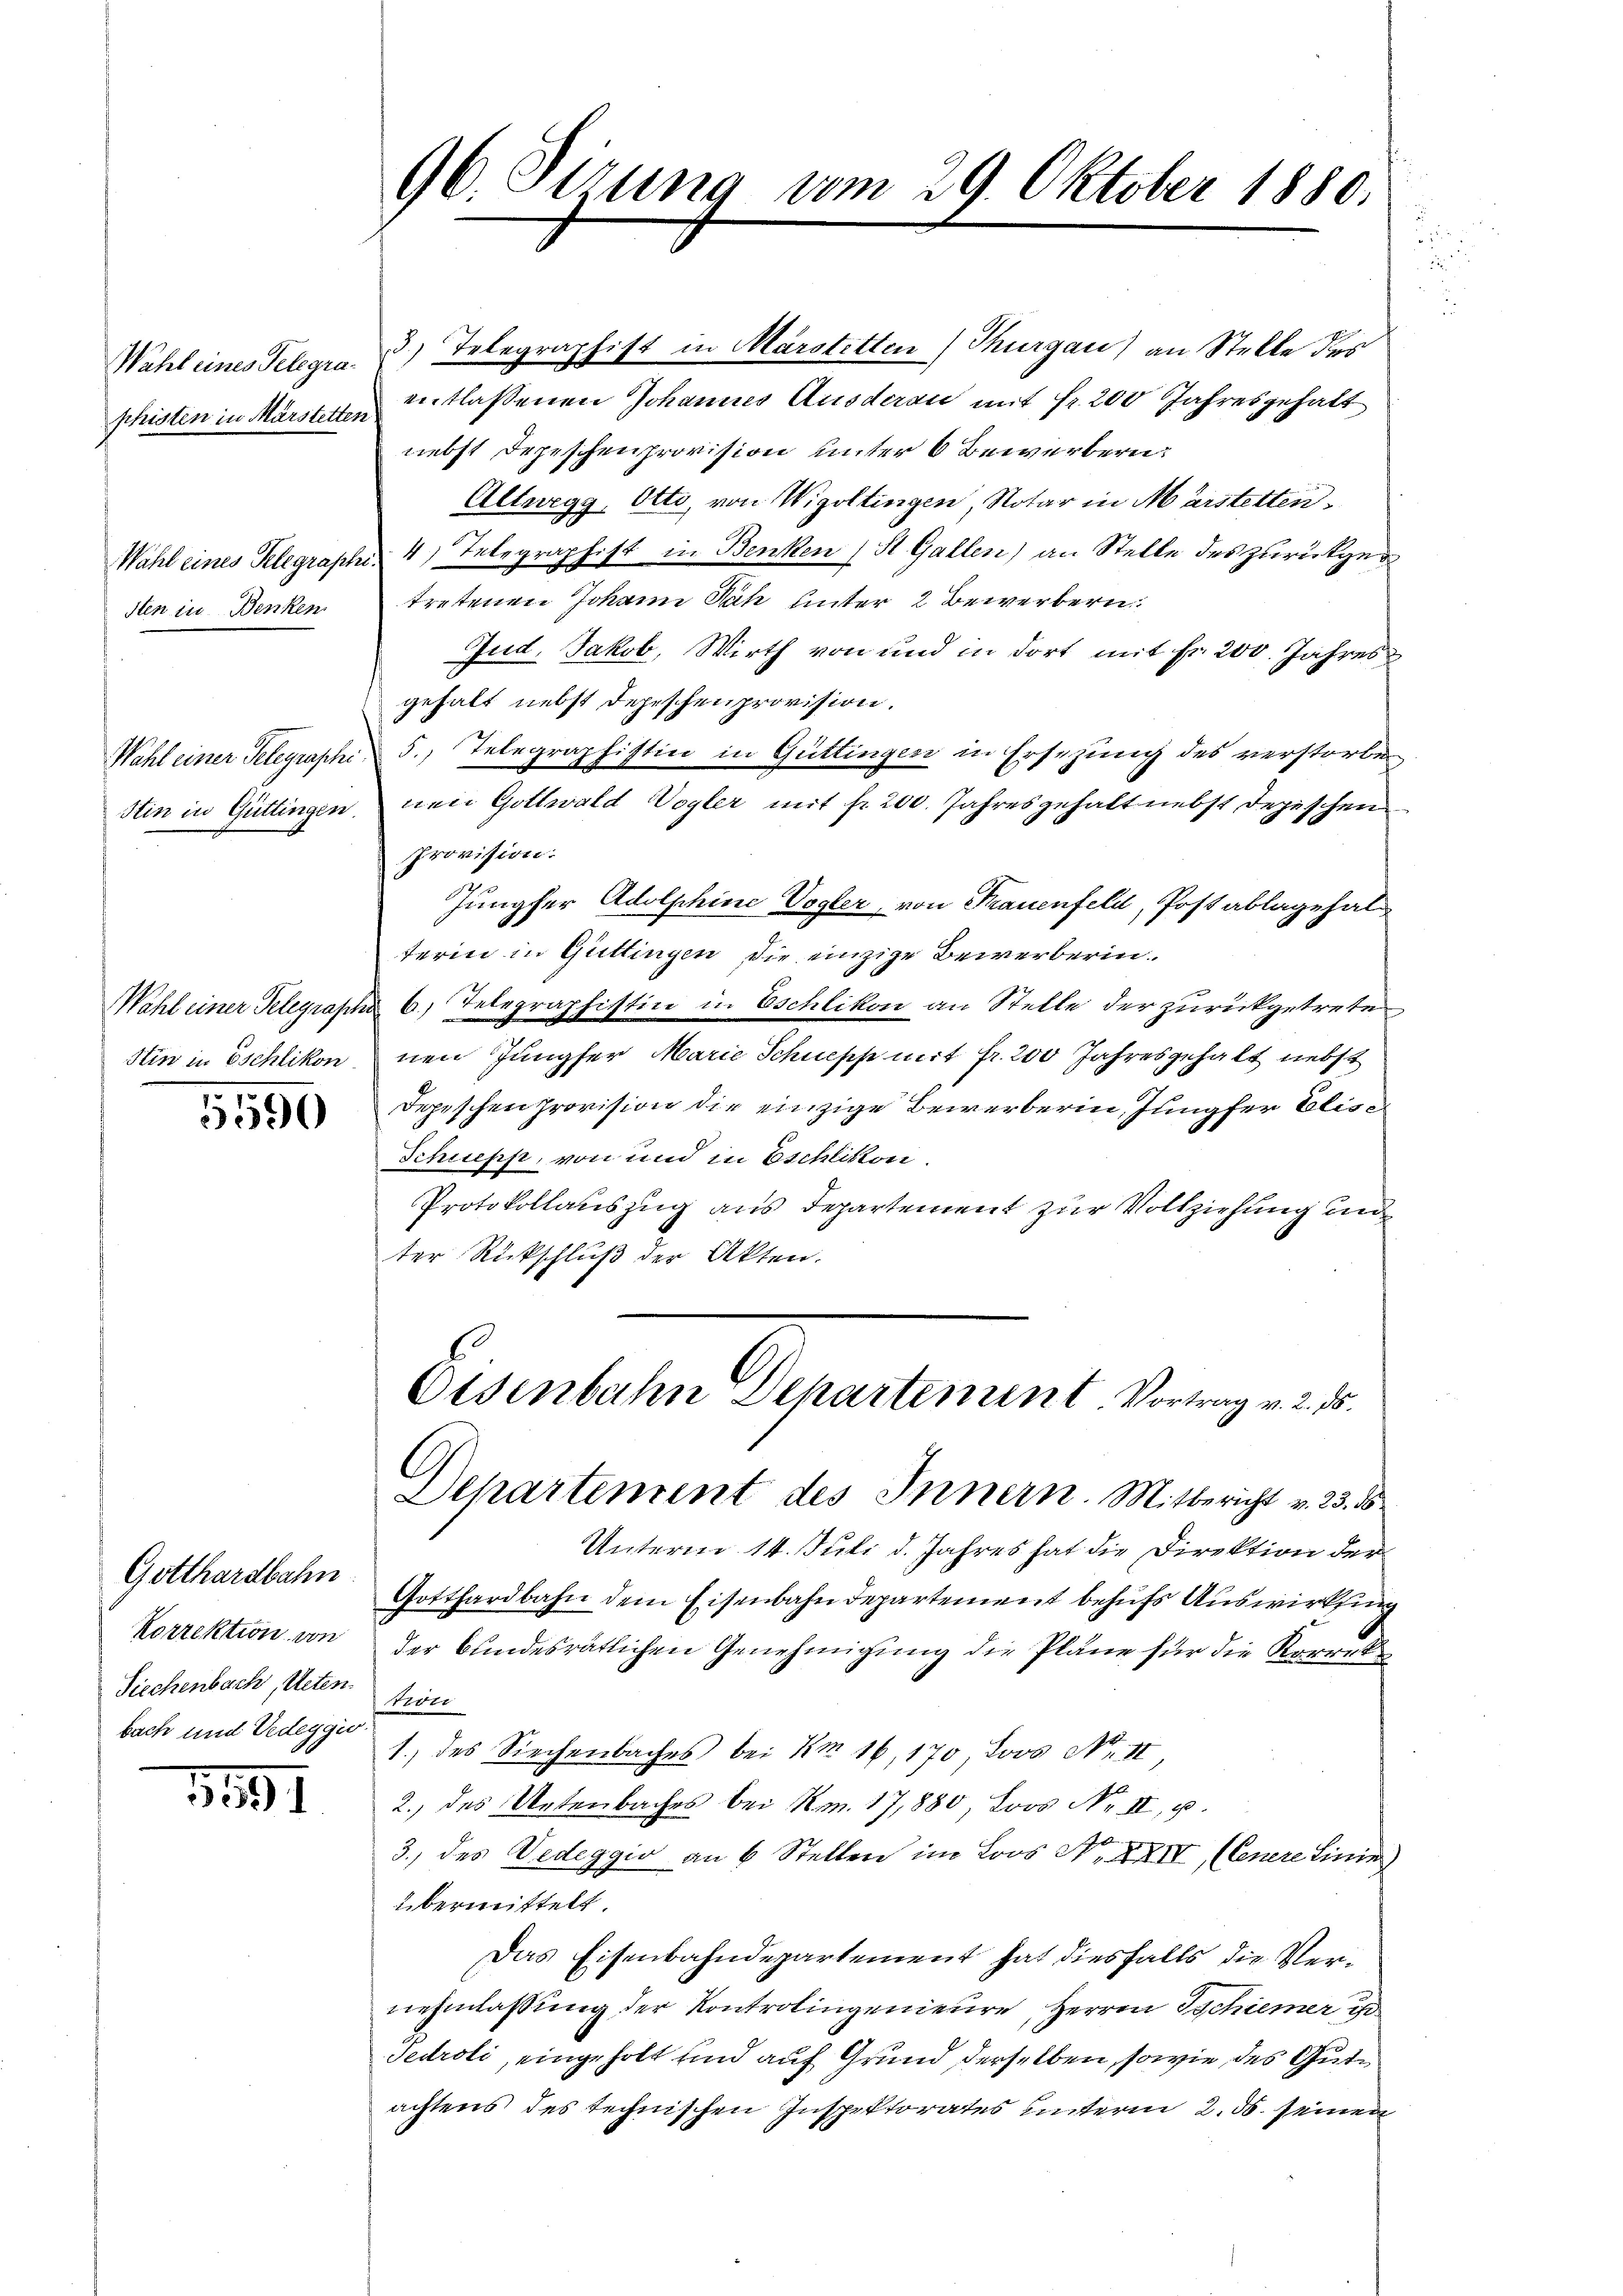
Wahl eines Telegraphisten in Märstetten

Wahl eines Telegraph
sten in Benken

Wahl einer Telegraphi
Stin in Güttingen.

Wahl einer Telegrasch
Hin in Eschlikon

5590

Gotthardbahn
Korrektion von
Siechenbach, Acten.
bach und Vedeggio.

1891

96. Setzung vom 29. Oktober 1880.

3.) Telegraphist in Märstetten) Thurgau) an Stelle des
entlassenen Johannes Ausderen mit Fr. 200 Jahresgehalt
nebst Depeschenprovision unter 6 Bewerbern:
Altwegg, Otto, von Wigoltingen, Notar in Marstetten.
4) Telegraphist in Benken (St. Gallen) an Stelle des zurückge
tretenen Johann Nach unter 2 Bewerbern.
Jud. Jakob, Wirth von und in dort mit Fr. 200. Jahres
gehalt nebst Depeschen provision.
5.) Telegraphistin in Güttingen in Ersezung des verstorben
nen Gottwald Vogler mit §. 200. Jahresgehalt nebst depeschen
Provision:
Jungfer Adolphine Vogler, von Frauenfeld, Post ablage hat
terin in Güttingen die einzige Bewerberin.
6) Telegraphistin in Eschlikon an Stelle der zurückgetretenen Jungfer Marie Schüepp mit fr. 200 Jahresgehalt nebst
Depischen Provision die einzige Bewerberin, Jungfer Elis¬
Schuepp, von und in Eschlitten
Protokollauszug aus Departement zur Vollziehung un
ter Rückschluß der Akten.
Eisenbahn Departement Vortrag v. 2. d.
C
Departement des Innern. Mitbericht v. 23. ds
Unterm 14. Juli d. Jahres hat die Direktion der
Gotthardbahn dem Eisenbahndepartement behufs Auswirkung
der bundesrätlichen Genehmigung die Pläne für die Korrektiori
1.) des Siechenbaches bei Am 16. 170 Loos Nr. II
2.) des Untenbaches bei No. 17,880, Loos No II p.
3.) des Vedeggio an 6 Stellen im Loos No XXIV, (Cenere Linie)
übermittelt.
Das Eisenbahndepartement hat diesfalls die Vernehmlassung der Kontrolingenieure, Herren Tschiener u
Tedroti, eingeholt und auf Grund derselben, sowie des Gutachtens des technischen Inspektorates unterm 2. ds. seinen